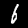
Digit: 6